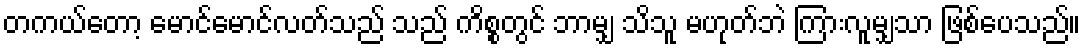
တကယ်တော့ မောင်မောင်လတ်သည် သည် ကိစ္စတွင် ဘာမျှ သိသူ မဟုတ်ဘဲ ကြားလူမျှသာ ဖြစ်ပေသည်။